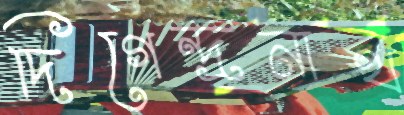
দিগেন্দ্রনাথ